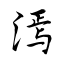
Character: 漹